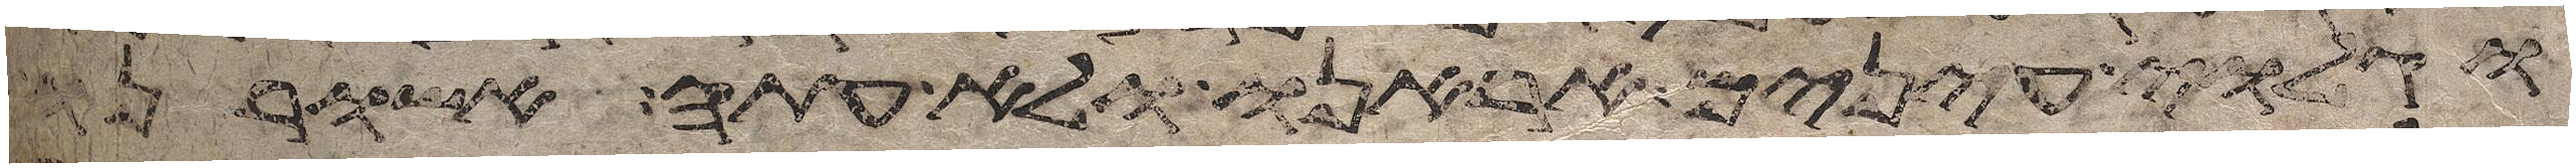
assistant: וגלוי עינים אראנו ולא עתה אשורנו